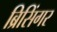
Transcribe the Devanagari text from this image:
ब्रिसिंगर